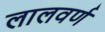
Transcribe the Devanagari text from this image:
लालवर्ण